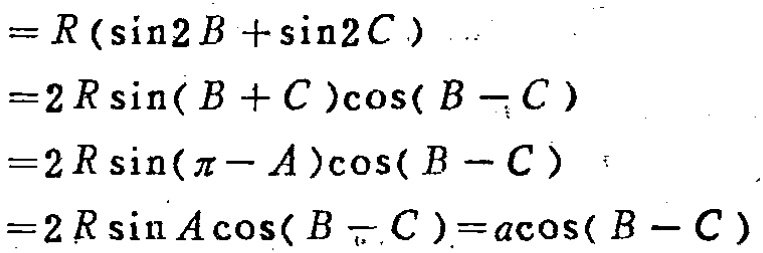
\[

\begin{align*}

&=R(\sin2B + \sin2C)\\

&=2R\sin(B + C)\cos(B - C)\\

&=2R\sin(\pi - A)\cos(B - C)\\

&=2R\sin A\cos(B - C)=a\cos(B - C)

\end{align*}

\]